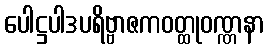
ပေါဋ္ဌပါဒပရိဗ္ဗာဇကဝတ္ထုဝဏ္ဏနာ